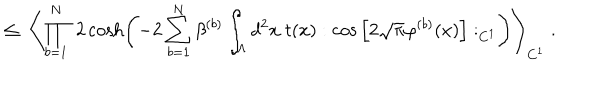
\leq \; \left\langle \prod _ { b = 1 } ^ { N } \; 2 \cosh \left( - 2 \sum _ { b = 1 } ^ { N } \beta ^ { ( b ) } \int _ { \Lambda } d ^ { 2 } x \; t ( x ) : \cos \Big [ 2 \sqrt { \pi } \varphi ^ { ( b ) } ( x ) \Big ] : _ { C ^ { 1 } } \right) \right\rangle _ { C ^ { 1 } } \; .